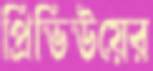
প্রিভিউয়ের